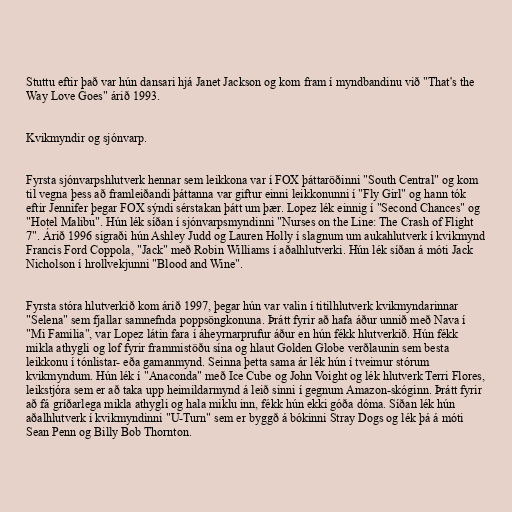
Stuttu eftir það var hún dansari hjá Janet Jackson og kom fram í myndbandinu við "That's the
Way Love Goes" árið 1993.

Kvikmyndir og sjónvarp.

Fyrsta sjónvarpshlutverk hennar sem leikkona var í FOX þáttaröðinni "South Central" og kom
til vegna þess að framleiðandi þáttanna var giftur einni leikkonunni í "Fly Girl" og hann tók
eftir Jennifer þegar FOX sýndi sérstakan þátt um þær. Lopez lék einnig í "Second Chances" og
"Hotel Malibu". Hún lék síðan í sjónvarpsmyndinni "Nurses on the Line: The Crash of Flight
7". Árið 1996 sigraði hún Ashley Judd og Lauren Holly í slagnum um aukahlutverk í kvikmynd
Francis Ford Coppola, "Jack" með Robin Williams í aðalhlutverki. Hún lék síðan á móti Jack
Nicholson í hrollvekjunni "Blood and Wine".

Fyrsta stóra hlutverkið kom árið 1997, þegar hún var valin í titilhlutverk kvikmyndarinnar
"Selena" sem fjallar samnefnda poppsöngkonuna. Þrátt fyrir að hafa áður unnið með Nava í
"Mi Familia", var Lopez látin fara í áheyrnarprufur áður en hún fékk hlutverkið. Hún fékk
mikla athygli og lof fyrir frammistöðu sína og hlaut Golden Globe verðlaunin sem besta
leikkonu í tónlistar- eða gamanmynd. Seinna þetta sama ár lék hún í tveimur stórum
kvikmyndum. Hún lék í "Anaconda" með Ice Cube og John Voight og lék hlutverk Terri Flores,
leikstjóra sem er að taka upp heimildarmynd á leið sinni í gegnum Amazon-skóginn. Þrátt fyrir
að fá gríðarlega mikla athygli og hala miklu inn, fékk hún ekki góða dóma. Síðan lék hún
aðalhlutverk í kvikmyndinni "U-Turn" sem er byggð á bókinni Stray Dogs og lék þá á móti
Sean Penn og Billy Bob Thornton.